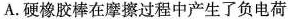
A.硬橡胶棒在摩擦过程中产生了负电荷